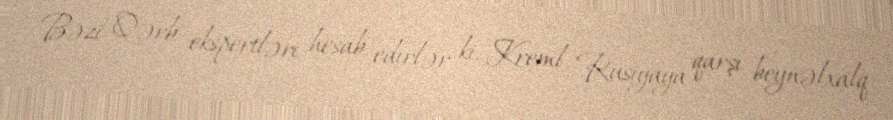
Bəzi Qərb ekspertləri hesab edirlər ki, Kreml Rusiyaya qarşı beynəlxalq